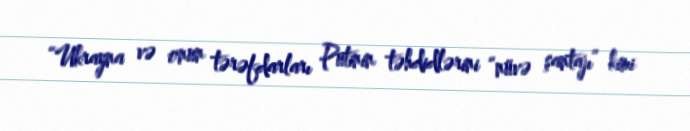
“Ukrayna və onun tərəfdarları Putinin təhdidlərini “nüvə şantajı” kimi